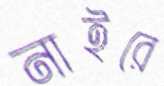
নাইরে